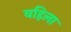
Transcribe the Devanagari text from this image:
वहिला